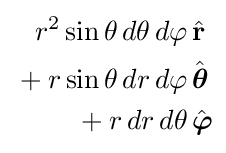
{\begin{aligned}r^{2}\sin \theta \,d\theta \,d\varphi &\,{\hat {\mathbf {r} }}\\{}+r\sin \theta \,dr\,d\varphi &\,{\hat {\boldsymbol {\theta }}}\\{}+r\,dr\,d\theta &\,{\hat {\boldsymbol {\varphi }}}\end{aligned}}